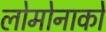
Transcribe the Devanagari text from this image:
लोमोनाको